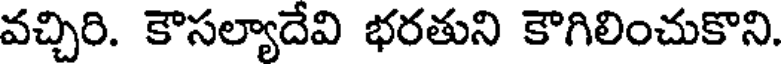
వచ్చిరి. కౌసల్యాదేవి భరతుని కౌగిలించుకొని.